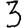
Digit: 3